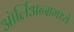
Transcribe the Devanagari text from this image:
ऑर्लिअन्समध्ये